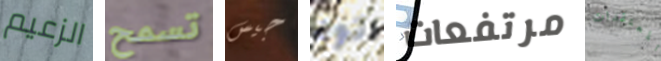
الزعيم تسمح جيس تود مرتفعات المعتقدات